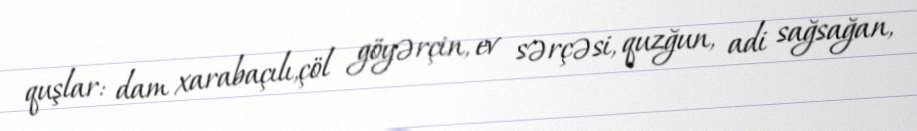
quşlar: dam xarabaçılı,çöl göyərçin, ev sərçəsi, quzğun, adi sağsağan,